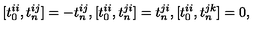
[ t _ { 0 } ^ { i i } , t _ { n } ^ { i j } ] = - t _ { n } ^ { i j } , [ t _ { 0 } ^ { i i } , t _ { n } ^ { j i } ] = t _ { n } ^ { j i } , [ t _ { 0 } ^ { i i } , t _ { n } ^ { j k } ] = 0 ,